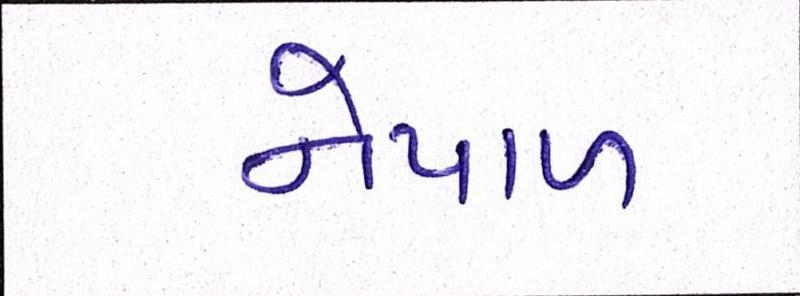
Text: નેપાળ